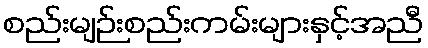
စည်းမျဉ်းစည်းကမ်းများနှင့်အညီ